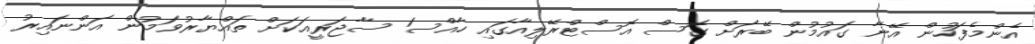
އެންމެފަހުން އޭނާ ގައުމުން ބޭރަށް ގޮސް އޮސްޓްރޭލިއާގައި ހާއްސަ ސާޖަރީއަކަށް ތައްޔާރުވަމުން އަންނައިރު